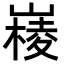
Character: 𡼹